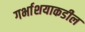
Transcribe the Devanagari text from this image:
गर्भाशयाकडील